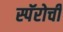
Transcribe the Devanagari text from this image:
स्पॅरोची